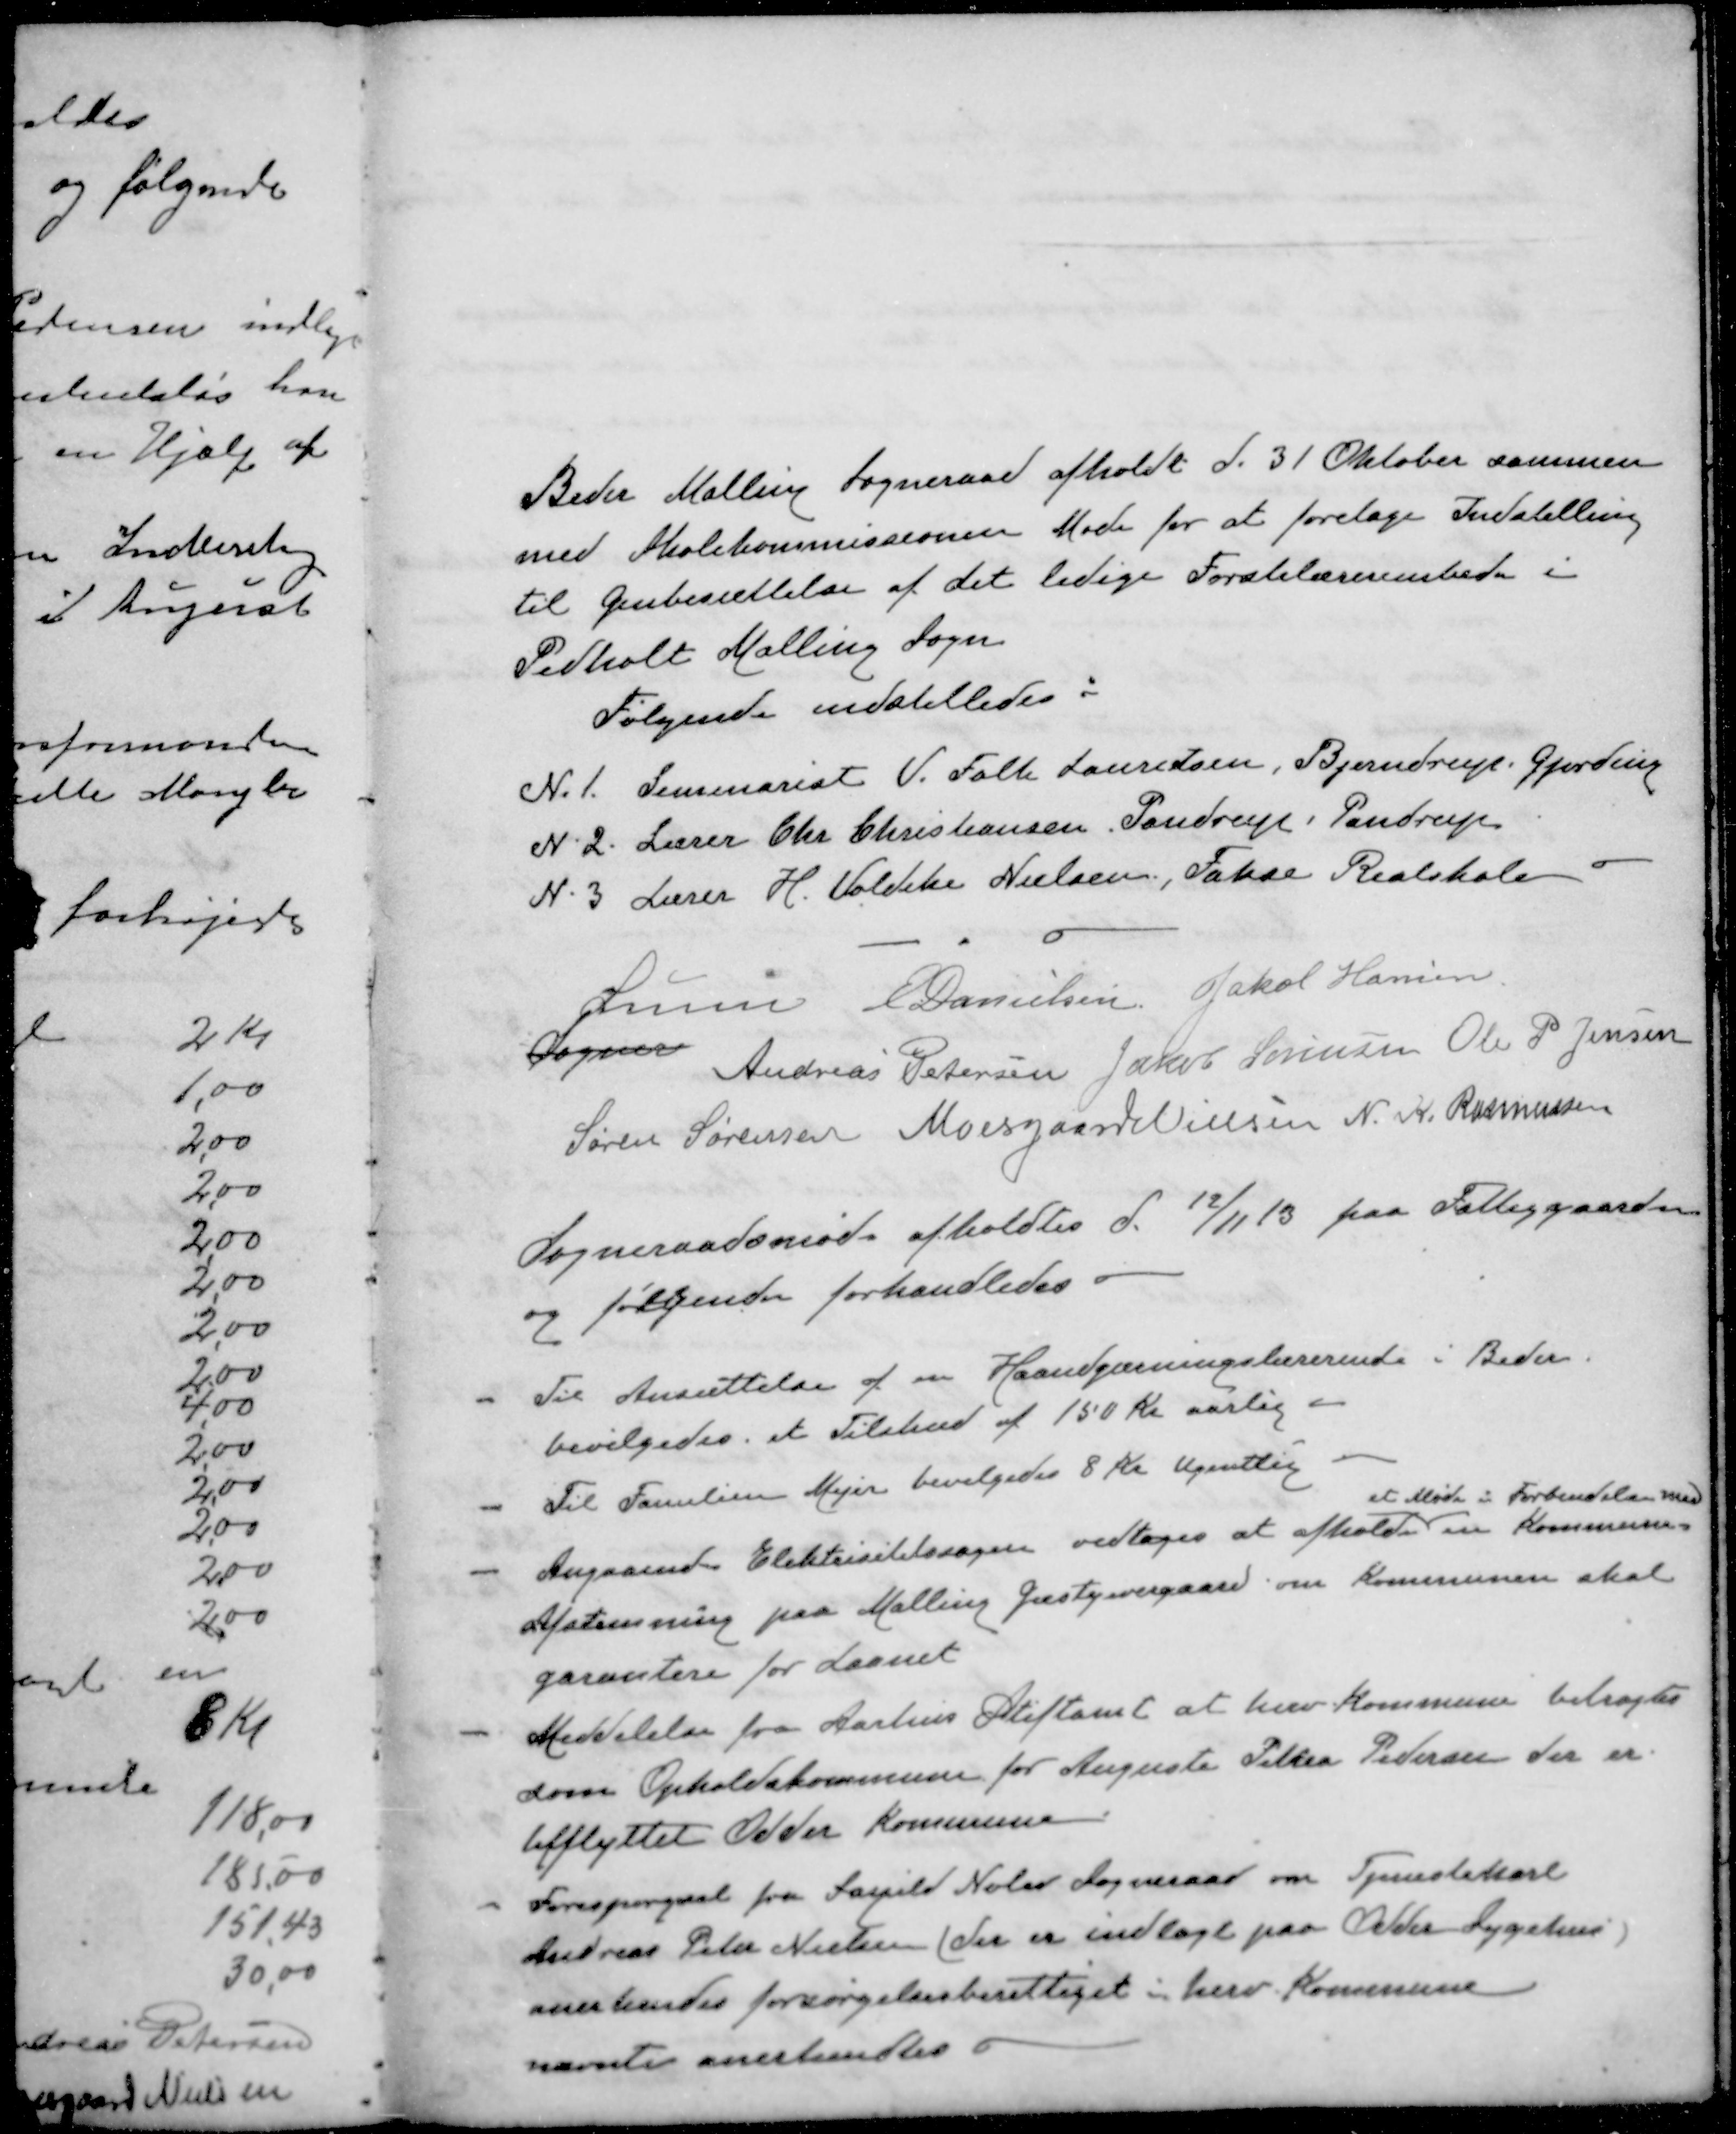
Transskription:
Beder Malling Sogneraad afholdt d. 31 Oktober sammen
med Skolekommissionen Møde for at foretage Indstilling
til Genbesættelse af det ledige Førstelærerembede i
Pedholt Malling Sogn
Følgende indstilledes:
N. 1. Seminarist V. Falk Lauritsen, Bjerndrup. Gjerding
N. 2. Lærer Chr Christiansen, Pandrup, Pandrup
N 3 Lærer H. Voldelse Nielsen, Fakse Realskole
Lunn
E Danielsen
Jakob Hansen
Sogner
Andreas Petersen
Jakob Sørensen
Ole P Jensen
Søren Sørensen
Moesgaard Nielsen
N. K. Rasmussen
Sogneraadsmøde afholdtes d. 12/11 13 paa Fattiggaarden
og følgende forhandledes
- Til Ansættelse af en Haandgærningslærerinde i Beder.
bevilgedes et Tilskud af 150 Kr aarlig
- Til Familien Mejer bevilgedes 8 Kr Ugentlig
et Møde i Forbindelse med
- Angaaende Elektrisitetssagen vedtoges at afholde en Kommune-
Afstemning paa Malling Gæstgivergaard om Kommunen skal
garantere for Laanet
- Meddelelse fra Aarhus Stiftamt at herv Kommune betragtes
som Opholdskommune for Auguste Petrea Pedersen der er
tilflyttet Odder Kommune
- Forespørgssal fra Saxild Nølev Sogneraad om Tjenestekarl
Andreas Peter Nielsen der er indlagt paa Odder Sygehus
anerkendes forsørgelsesberettiget i herv. Kommune
nævnte anerkendtes